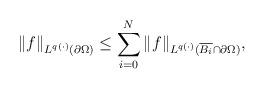
LaTeX: \begin{align*}\Vert f\Vert_{\scriptstyle L^{q(\cdot)}(\partial \Omega )}\leq \sum_{i=0}^{N}\Vert f\Vert_{\scriptstyle L^{q(\cdot)}(\overline{B_{i}}\cap \partial \Omega)},\end{align*}